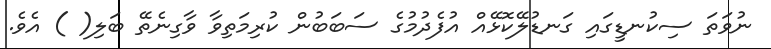
ނުވަތަ ސިކުނޑީގައި ގަނޑުލޭކޮޅޭއް އުފެދުމުގެ ސަބަބުން ކުރިމަތިވާ ވާގިނެތޭ ބަލި( ) އެވެ.